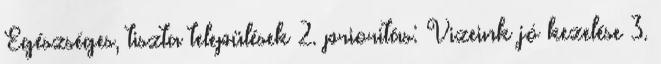
Egészséges, tiszta települések 2. prioritás: Vizeink jó kezelése 3.